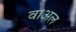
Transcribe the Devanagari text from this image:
वाअल